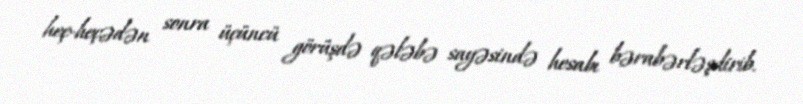
heç-heçədən sonra üçüncü görüşdə qələbə sayəsində hesabı bərabərləşdirib.